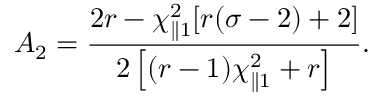
A _ { 2 } = \frac { 2 r - \chi _ { \parallel 1 } ^ { 2 } [ r ( \sigma - 2 ) + 2 ] } { 2 \left[ ( r - 1 ) \chi _ { \parallel 1 } ^ { 2 } + r \right] } .